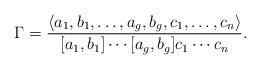
LaTeX: \begin{align*}\Gamma = \frac{\langle a_1, b_1, \ldots , a_g, b_g, c_1, \ldots , c_n\rangle}{[a_1,b_1] \cdots [a_g , b_g ]c_1 \cdots c_n}.\end{align*}